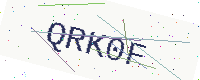
Text: QRK0F